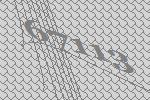
67113